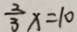
\frac { 3 } { 3 } x = 1 0